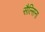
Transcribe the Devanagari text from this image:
सैल्सिना